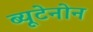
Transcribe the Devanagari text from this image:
ब्यूटेनोन